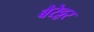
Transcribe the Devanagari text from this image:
बैरेट्टर